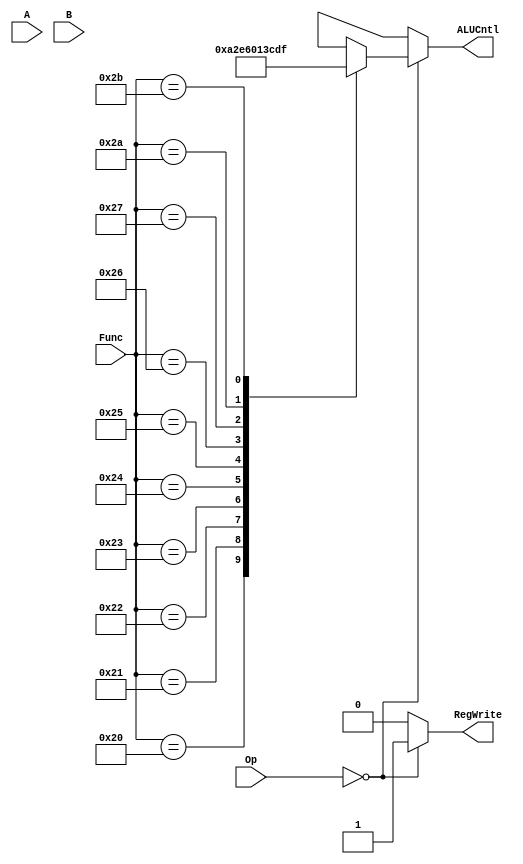
`timescale 1ns / 1ps
//////////////////////////////////////////////////////////////////////////////////
// Company: 
// Engineer: 
// 
// Design Name: 
// Module Name: control
// Project Name: 
// Target Devices: 
// Tool Versions: 
// Description: 
// 
// Dependencies: 
// 
// Revision:
// Revision 0.01 - File Created
// Additional Comments:
// 
//////////////////////////////////////////////////////////////////////////////////


module control(
    input [31:0] A,
    input [31:0] B,
    input [5:0] Op,
    input [5:0] Func,
    output reg RegWrite,
    output reg [3:0] ALUCntl
    );
    
    reg signed [31:0] A_s, B_s;
    
    
    always@(*) begin
    A_s = A;
    B_s = B;
        if (Op == 6'b0) begin
            RegWrite = 1'b1;
            case(Func)
            6'h20: ALUCntl = 4'b1010;    //Add signed
            6'h21: ALUCntl = 4'b0010;    //Add unsigned
            6'h22: ALUCntl = 4'b1110;    //Sub signed
            6'h23: ALUCntl = 4'b0110;    //Sub unsigned
            6'h24: ALUCntl = 4'b0000;    //AND
            6'h25: ALUCntl = 4'b0001;    //OR
            6'h26: ALUCntl = 4'b0011;    //XOR
            6'h27: ALUCntl = 4'b1100;    //NOR
            6'h2A: ALUCntl = 4'b1101;    //Set less than
            6'h2B: ALUCntl = 4'b1111;    //Set less than unsigned
  
            default: ALUCntl = 4'bxxxx;  //default to AND
            endcase
        end
        else begin
            RegWrite = 1'b0;
            ALUCntl = 4'bxxxx;
        end
    end
endmodule